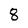
Character: 8